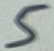
Text: 5